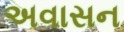
અવાસન